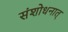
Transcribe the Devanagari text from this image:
संशोधनात्